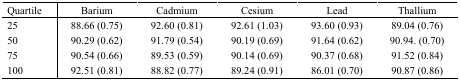
<table><thead><tr><td><b>Quartile</b></td><td><b>Barium</b></td><td><b>Cadmium</b></td><td><b>Cesium</b></td><td><b>Lead</b></td><td><b>Thallium</b></td></tr></thead><tbody><tr><td>25</td><td>88.66 (0.75)</td><td>92.60 (0.81)</td><td>92.61 (1.03)</td><td>93.60 (0.93)</td><td>89.04 (0.76)</td></tr><tr><td>50</td><td>90.29 (0.62)</td><td>91.79 (0.54)</td><td>90.19 (0.69)</td><td>91.64 (0.62)</td><td>90.94. (0.70)</td></tr><tr><td>75</td><td>90.54 (0.66)</td><td>89.53 (0.59)</td><td>90.14 (0.69)</td><td>90.37 (0.68)</td><td>91.52 (0.84)</td></tr><tr><td>100</td><td>92.51 (0.81)</td><td>88.82 (0.77)</td><td>89.24 (0.91)</td><td>86.01 (0.70)</td><td>90.87 (0.86)</td></tr></tbody></table>